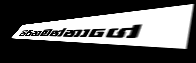
පිරිනමන්නාගේ